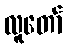
လူတော်